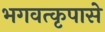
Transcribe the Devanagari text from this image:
भगवत्‍कृपासे